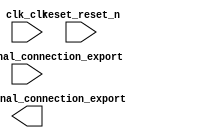

module lacheze_lab1_sys (
	clk_clk,
	piobp_external_connection_export,
	pioled_external_connection_export,
	reset_reset_n);	

	input		clk_clk;
	input	[7:0]	piobp_external_connection_export;
	output	[7:0]	pioled_external_connection_export;
	input		reset_reset_n;
endmodule